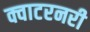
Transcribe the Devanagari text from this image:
क्वाटरनरी